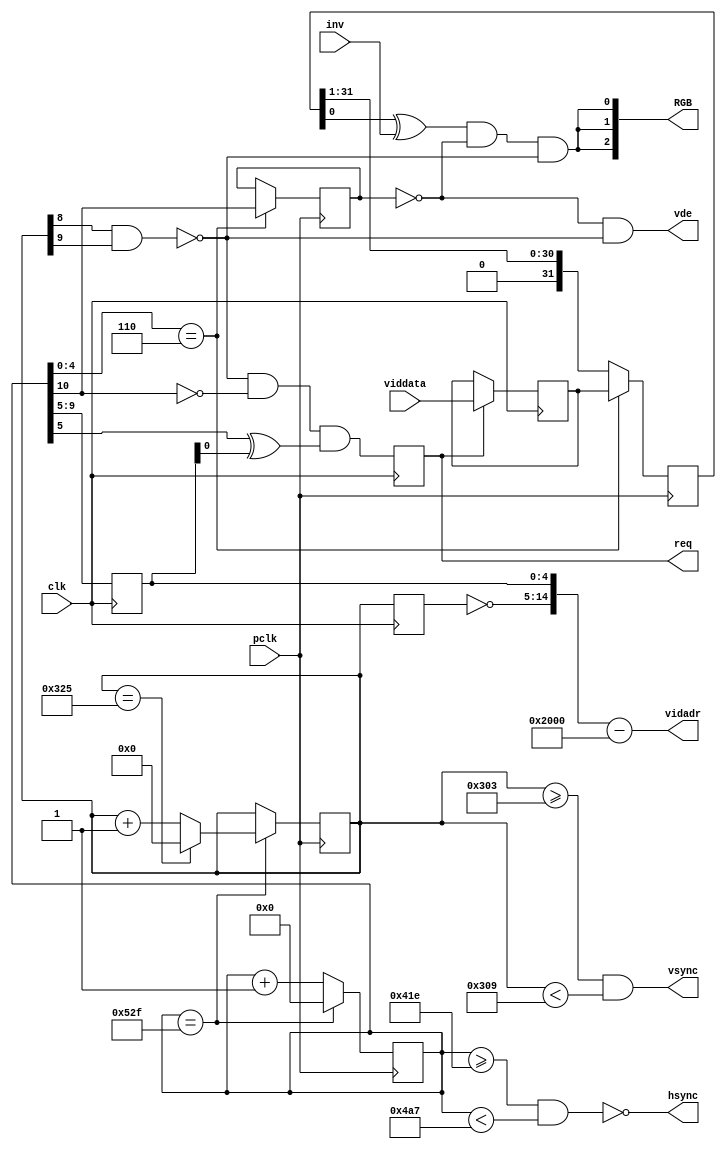
module VID(
    input pclk, clk, inv,
    input [31:0] viddata,
    output reg req,  // SRAM read request
    output [14:0] vidadr,
    output hsync, vsync,  // to display
    output vde,
    output [2:0] RGB);

//localparam Org = 18'b1101_1111_1111_0000_00;  // DFF00: adr of vcnt=1023
reg [10:0] hcnt;
reg [9:0] vcnt;
reg [4:0] hword;  // from hcnt, but latched in the clk domain
reg [9:0] vline;  // from vcnt, but latched in the clk domain
reg [31:0] vidbuf, pixbuf;
reg hblank;
wire pclk, hend, vend, vblank, xfer, vid;

assign hend = (hcnt == 1327), vend = (vcnt == 805);
assign vblank = (vcnt[8] & vcnt[9]);  // (vcnt >= 768)
assign hsync = ~((hcnt >= 1048+6) & (hcnt < 1185+6));  // -ve polarity
assign vsync = (vcnt >= 771) & (vcnt < 777);  // +ve polarity
assign xfer = (hcnt[4:0] == 6);  // data delay > hcnt cycle + req cycle
assign vid = (pixbuf[0] ^ inv) & ~hblank & ~vblank;
assign RGB = {vid, vid, vid};
assign vidadr = {~vline, hword} - 15'h2000;//Org + {3'b0, ~vline, hword};
assign vde = ~hblank & ~vblank;

always @(posedge pclk) begin  // pixel clock domain
  hcnt <= hend ? 0 : hcnt+1;
  vcnt <= hend ? (vend ? 0 : (vcnt+1)) : vcnt;
  hblank <= xfer ? hcnt[10] : hblank;  // hcnt >= 1024
  pixbuf <= xfer ? vidbuf : {1'b0, pixbuf[31:1]};
end

always @(posedge clk) begin  // CPU (SRAM) clock domain
  hword <= hcnt[9:5];
  vline <= vcnt;
  req <= ~vblank & ~hcnt[10] & (hcnt[5] ^ hword[0]);  // i.e. adr changed
  vidbuf <= req ? viddata : vidbuf;
end

endmodule